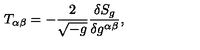
T _ { \alpha \beta } = - { \frac { 2 } { \sqrt { - g } } } { \frac { \delta S _ { g } } { \delta g ^ { \alpha \beta } } } ,